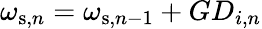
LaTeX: \omega_{\mathrm{s},n}=\omega_{\mathrm{s},n-1}+GD_{i,n}